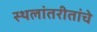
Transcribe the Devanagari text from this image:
स्थलांतरीतांचे